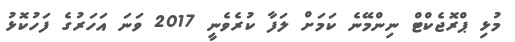
މުޅި ޕްރޮޖެކްޓް ނިންމޭނެ ކަމަށް ލަފާ ކުރެވެނީ 2017 ވަނަ އަހަރުގެ ފަހުކޮޅު